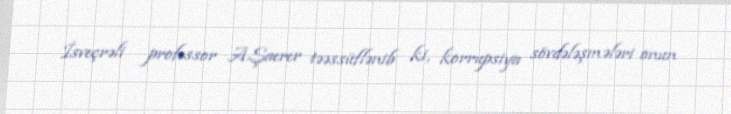
İsveçrəli professor A.Şaerer təəssüflənib ki, korrupsiya sövdələşmələri onun